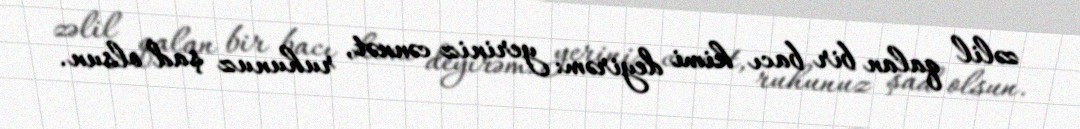
zəlil qalan bir bacı kimi deyirəm: yeriniz cənnət, ruhunuz şad olsun.